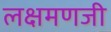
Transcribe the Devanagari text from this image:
लक्षमणजी